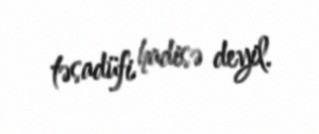
təsadüfi hadisə deyil.